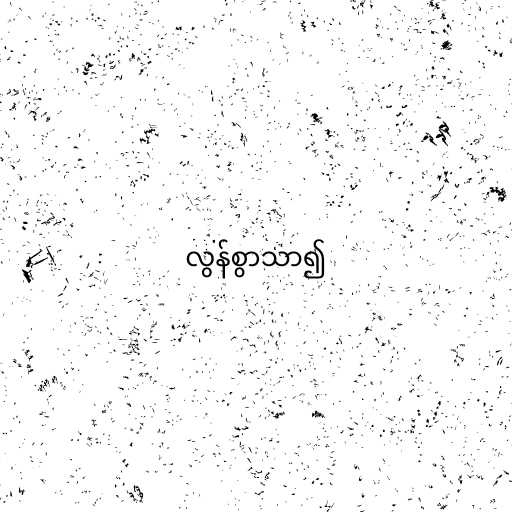
လွန်စွာသာ၍